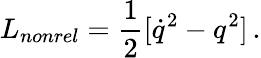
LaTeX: L_{nonrel}={\frac{1}{2}}[\dot{q}^{2}-q^{2}]\, .